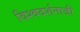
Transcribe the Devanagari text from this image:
विश्वदर्शनाजी